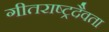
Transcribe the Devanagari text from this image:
गीतराष्ट्रदैवता